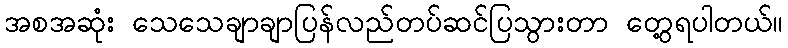
အစအဆုံး သေသေချာချာပြန်လည်တပ်ဆင်ပြသွားတာ တွေ့ရပါတယ်။